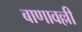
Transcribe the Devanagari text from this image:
बाणावल्ली